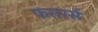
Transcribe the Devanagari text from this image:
फरारर्स